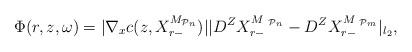
LaTeX: \begin{align*}{\Phi}(r,z,\omega)=\vert\nabla_x{c}(z,{X}^{M_{{\mathcal{P}}_n}}_{r-})\vert\vert D^Z{X}^{M_{ {\ \mathcal{P}}_n}}_{r-}-D^Z{X}^{M_{ {\ \mathcal{P}}_m}}_{r-}\vert_{l_2},\end{align*}